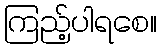
ကြည့်ပါရစေ။